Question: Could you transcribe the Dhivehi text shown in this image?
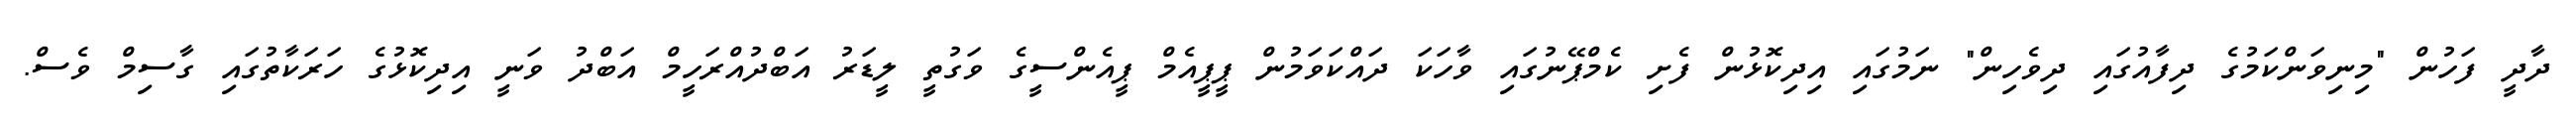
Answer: ދާދީ ފަހުން "މިނިވަންކަމުގެ ދިފާއުގައި ދިވެހިން" ނަމުގައި އިދިކޮޅުން ފެށި ކެމްޕޭނުގައި ވާހަކަ ދައްކަވަމުން ޕީޕީއެމް ޕީއެންސީގެ ވަގުތީ ލީޑަރު އަބްދުއްރަހީމް އަބްދު ވަނީ އިދިކޮޅުގެ ހަރަކާތުގައި ގާސިމް ވެސް.